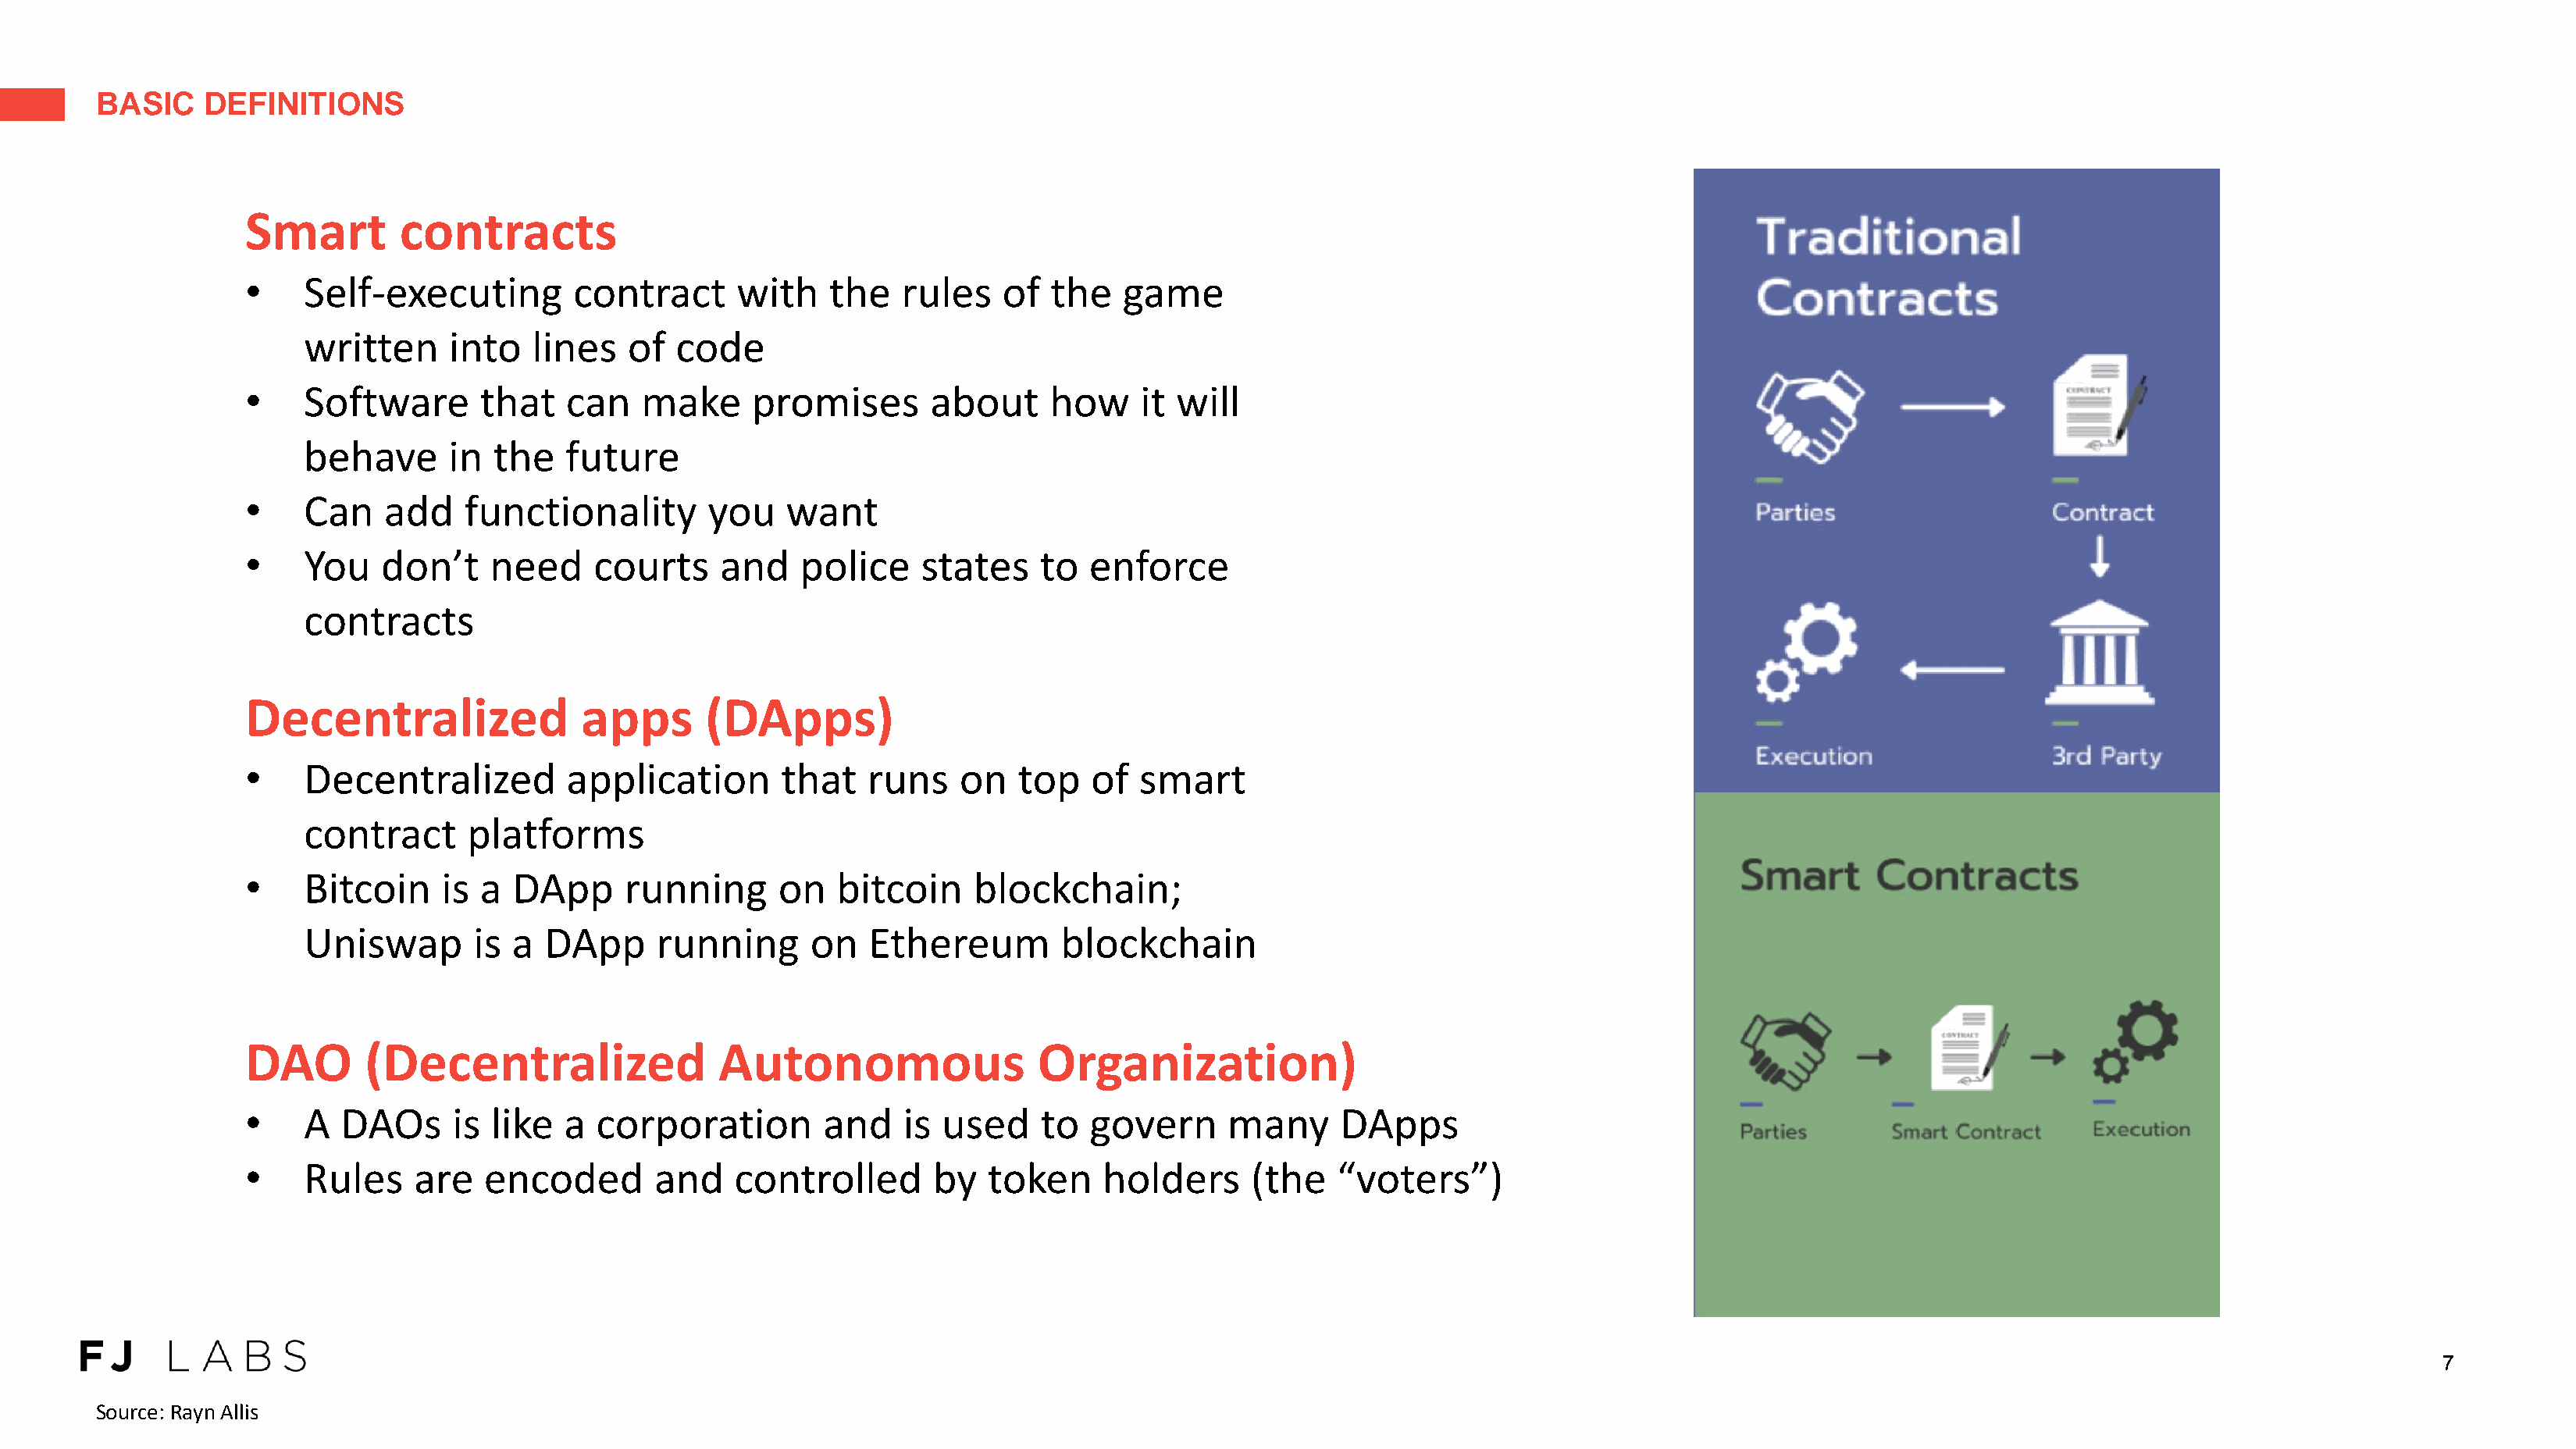
BASIC    DEFINITIONS
 Smart        contracts
 •    Self-executing         contract     with    the   rules    of  the   game
 written     into   lines   of  code
 •    Software       that   can   make      promises       about     how     it will
 behave      in  the   future
 •    Can    add   functionality        you    want
 •    You   don’t     need    courts     and    police    states    to  enforce
 contracts
 Decentralized               apps       (DApps)
 •    Decentralized         application       that    runs   on   top   of   smart
 contract      platforms
 •    Bitcoin    is  a DApp      running      on   bitcoin     blockchain;
 Uniswap       is a  DApp      running      on   Ethereum        blockchain
 DAO       (Decentralized                Autonomous                 Organization)
 •    A  DAOs     is  like  a  corporation        and    is used    to  govern      many      DApps
 •    Rules    are   encoded       and    controlled       by   token    holders      (the   “voters”)
 7
 Source: Rayn Allis